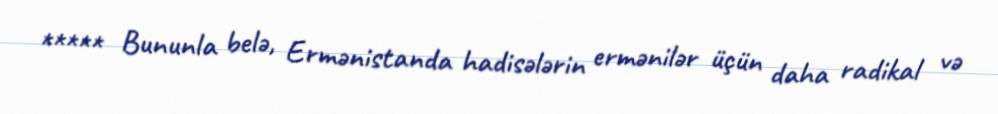
***** Bununla belə, Ermənistanda hadisələrin ermənilər üçün daha radikal və